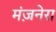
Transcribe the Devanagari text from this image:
मंज़नेरा